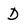
Character: D